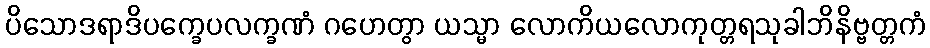
ပိသောဒရာဒိပက္ခေပလက္ခဏံ ဂဟေတွာ ယသ္မာ လောကိယလောကုတ္တရသုခါဘိနိဗ္ဗတ္တကံ